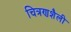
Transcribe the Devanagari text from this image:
चित्रणशैली